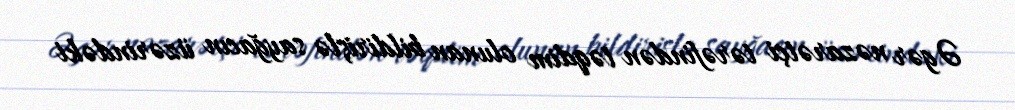
Əgər nəzarətçi tərəfindən təqdim olunan bildirişlə sayğacın üzərindəki